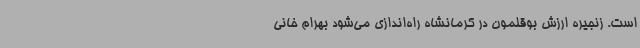
است. زنجیره ارزش ‌بوقلمون‌ در کرمانشاه راه‌اندازی می‌شود بهرام خانی